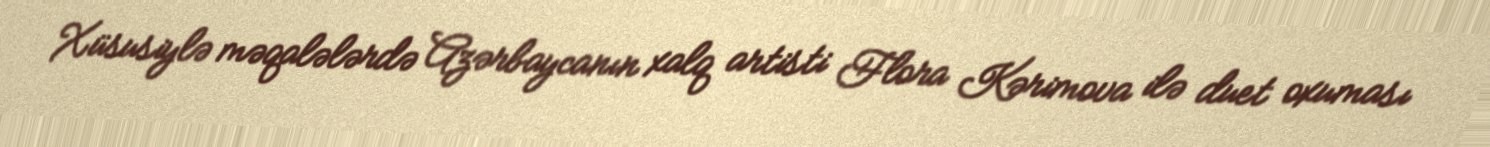
Xüsusiylə məqalələrdə Azərbaycanın xalq artisti Flora Kərimova ilə duet oxuması